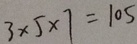
3 \times 5 \times 7 = 1 0 5